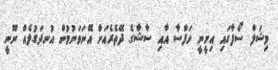
މިޝަލް ސޯފާގައި އިށީނީ ހަފްސާ އާއި ސާޝާގެ ދޭތެރެއަށް އޭނަވަނުމުން އުނދަގުލެއް ނޫނީ